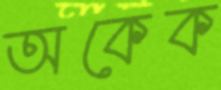
অকেক